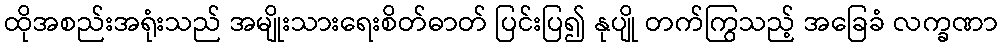
ထိုအစည်းအရုံးသည် အမျိုးသားရေးစိတ်ဓာတ် ပြင်းပြ၍ နုပျို တက်ကြွသည့် အခြေခံ လက္ခဏာ